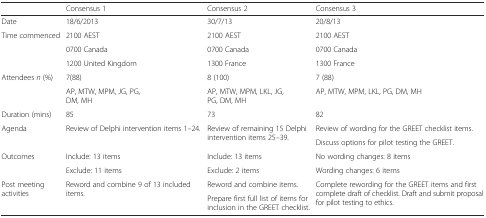
<table><thead><tr><td></td><td><b>Consensus 1</b></td><td><b>Consensus 2</b></td><td><b>Consensus 3</b></td></tr></thead><tbody><tr><td>Date</td><td>18/6/2013</td><td>30/7/13</td><td>20/8/13</td></tr><tr><td rowspan="3">Time commenced</td><td>2100 AEST</td><td>2100 AEST</td><td>2100 AEST</td></tr><tr><td>0700 Canada</td><td>0700 Canada</td><td>0700 Canada</td></tr><tr><td>1200 United Kingdom</td><td>1300 France</td><td>1300 France</td></tr><tr><td rowspan="2">Attendees <i>n</i> (%)</td><td>7(88)</td><td>8 (100)</td><td>7 (88)</td></tr><tr><td>AP, MTW, MPM, JG, PG, DM, MH</td><td>AP, MTW, MPM, LKL, JG, PG, DM, MH</td><td>AP, MTW, MPM, LKL, PG, DM, MH</td></tr><tr><td>Duration (mins)</td><td>85</td><td>73</td><td>82</td></tr><tr><td rowspan="2">Agenda</td><td rowspan="2">Review of Delphi intervention items 1–24.</td><td rowspan="2">Review of remaining 15 Delphi intervention items 25–39.</td><td>Review of wording for the GREET checklist items.</td></tr><tr><td>Discuss options for pilot testing the GREET.</td></tr><tr><td rowspan="2">Outcomes</td><td>Include: 13 items</td><td>Include: 13 items</td><td>No wording changes: 8 items</td></tr><tr><td>Exclude: 11 items</td><td>Exclude: 2 items</td><td>Wording changes: 6 items</td></tr><tr><td rowspan="2">Post meeting activities</td><td rowspan="2">Reword and combine 9 of 13 included items.</td><td>Reword and combine items.</td><td rowspan="2">Complete rewording for the GREET items and first complete draft of checklist. Draft and submit proposal for pilot testing to ethics.</td></tr><tr><td>Prepare first full list of items for inclusion in the GREET checklist.</td></tr></tbody></table>